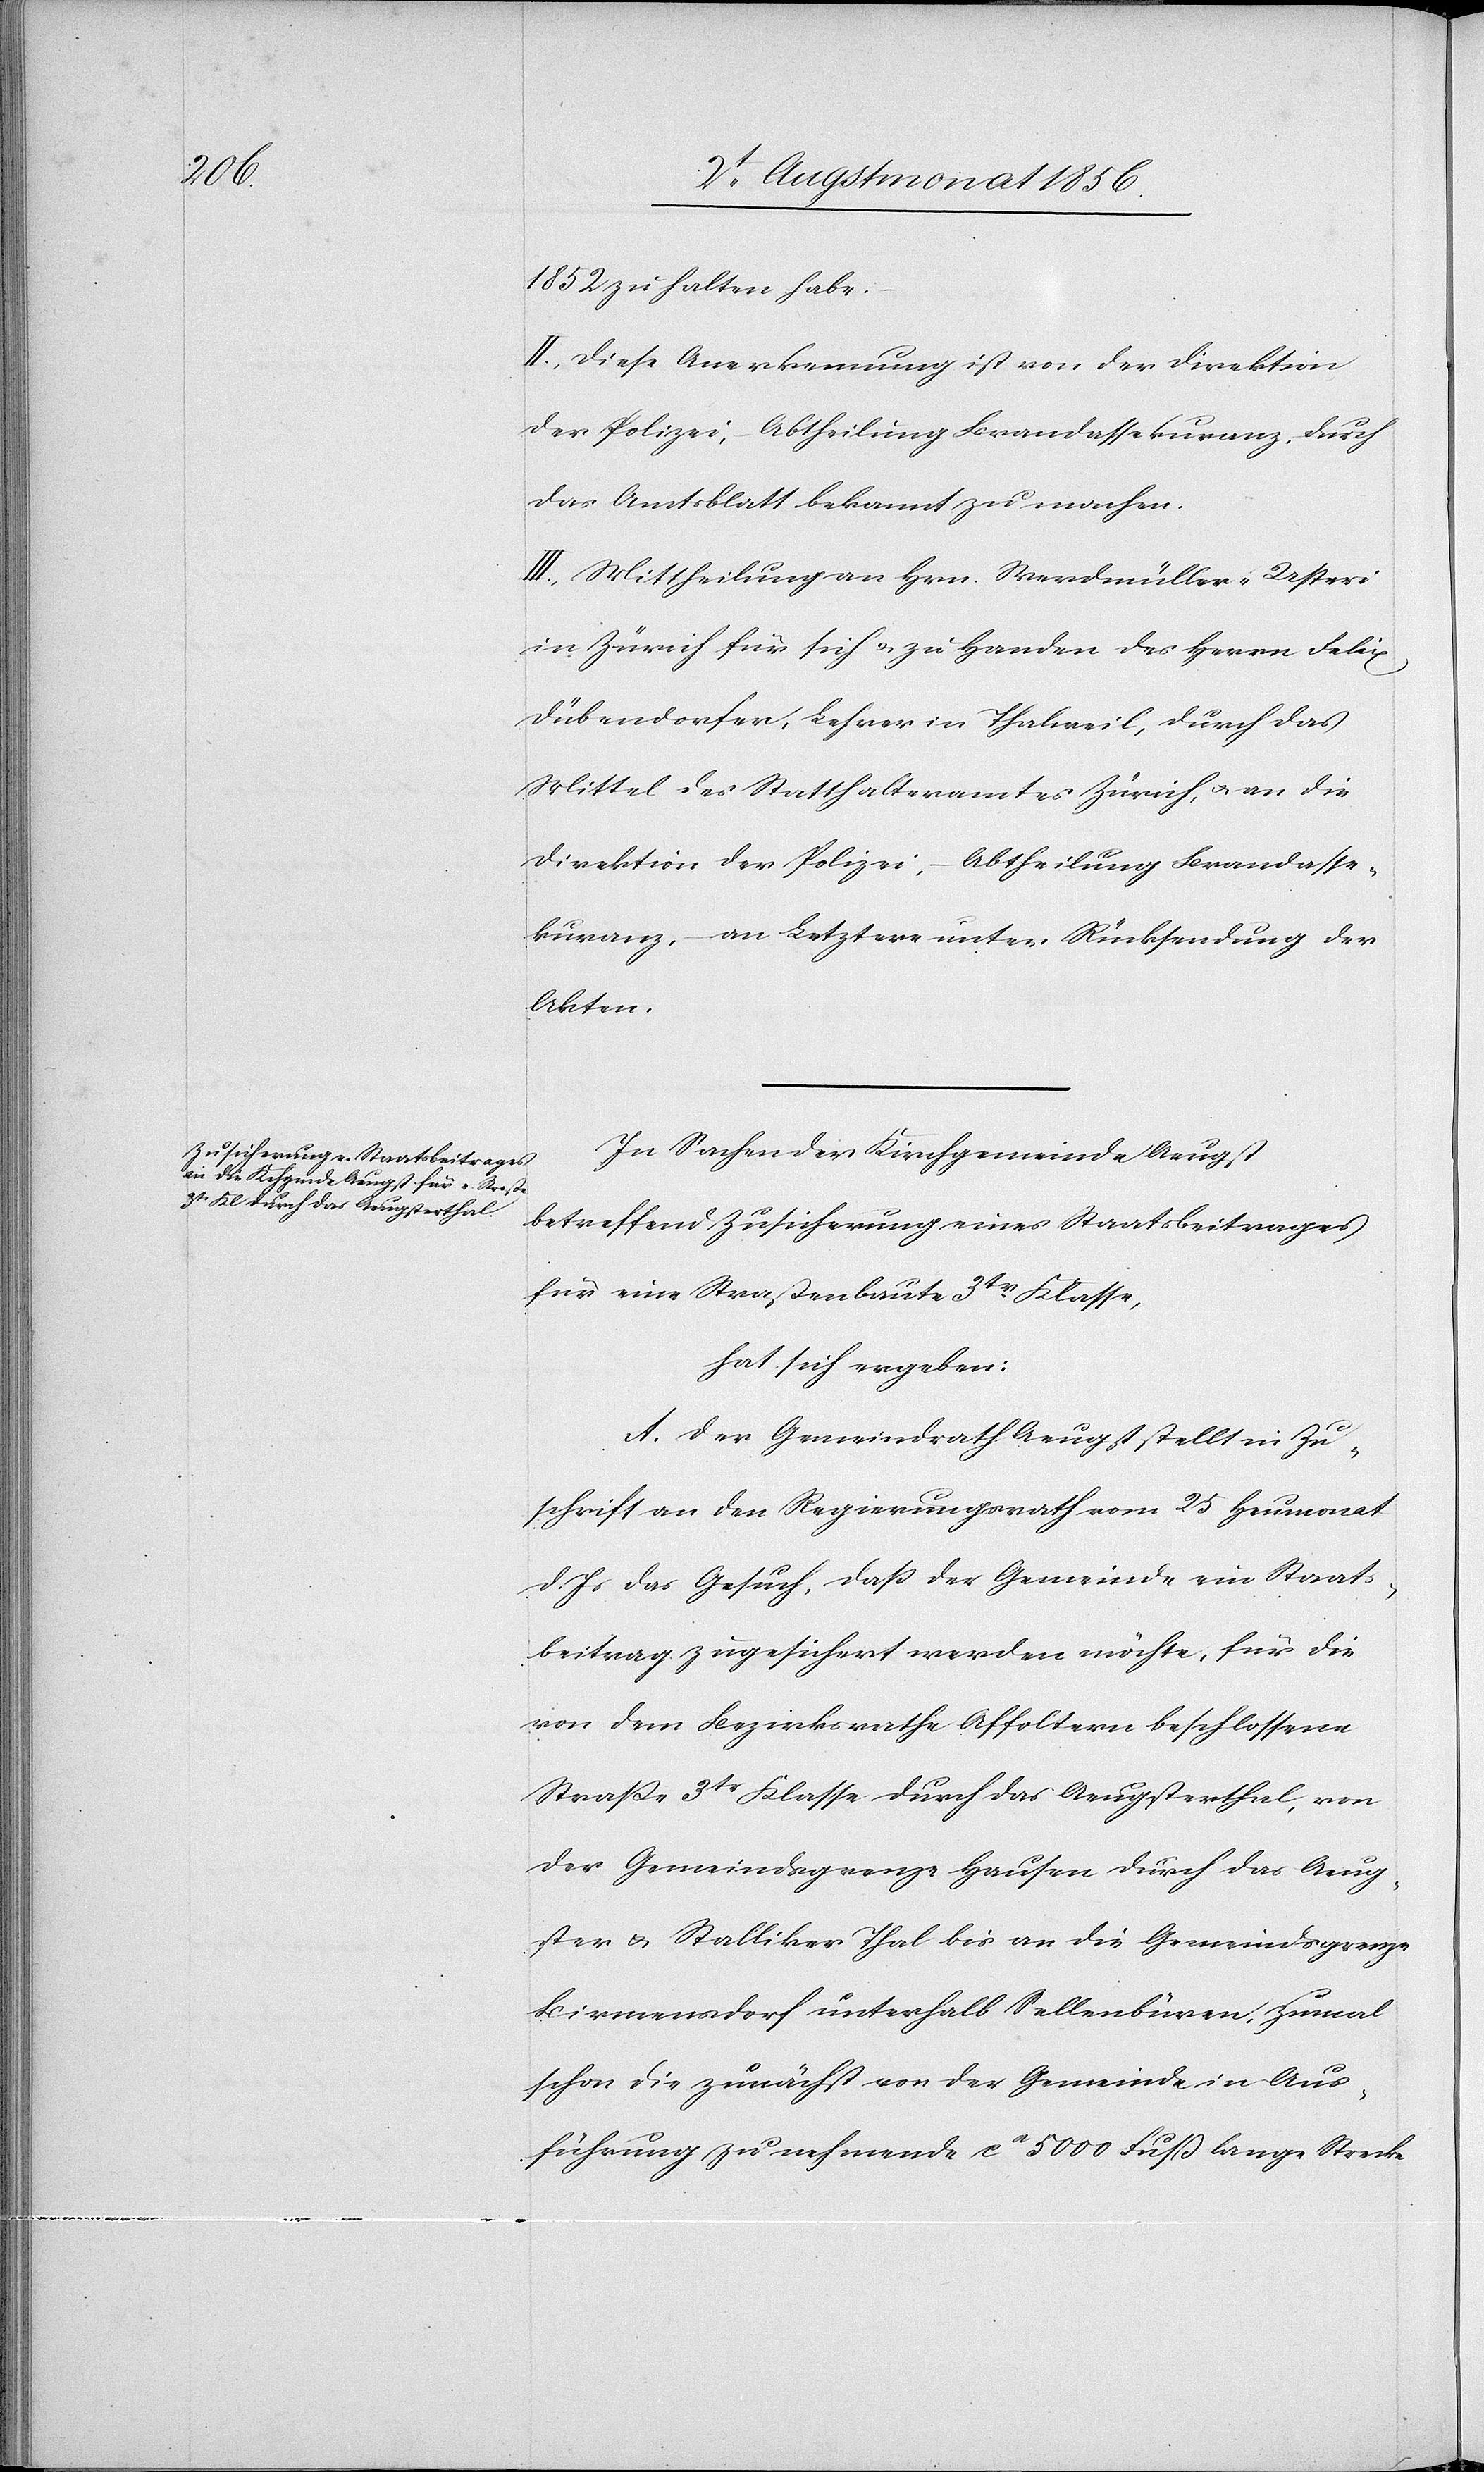
1852 zu halten habe.
II.) Diese Anerkennung ist von der Direktion
der Polizei, Abtheilung Brandassekuranz, durch
das Amtsblatt bekannt zu machen.
III.) Mittheilung an Hrn. Werdmüller-Usteri
in Zürich für sich u. zu Handen des Herrn Felix
Dübendorfer, Lehrer in Thalweil, durch das
Mittel des Statthalteramtes Zürich, u. an die
Direktion der Polizei, – Abtheilung Brandasse¬
kuranz, – an Letztere unter Rücksendung der
Akten.
In Sachen der Kirchgemeinde Aeugst,
betreffend Zusicherung eines Staatsbeitrages
für eine Straßenbaute 3tr Klasse,
hat sich ergeben:
A. Der Gemeindrath Aeugst stellt in Zu¬
schrift an den Regierungsrath vom 25 Heumonat
d. Js das Gesuch, dass der Gemeinde ein Staats¬
beitrag zugesichert werden möchte, für die
von dem Bezirksrathe Affoltern beschlossene
Strasse 3tr Klasse durch das Aeugsterthal, von
der Gemeindsgrenze Hausen durch das Aeug¬
ster u. Stalliker Thal bis an die Gemeindsgrenze
Birmensdorf unterhalb Sellenbüren, zumal
schon die zunächst von der Gemeinde in Aus¬
führung zu nehmende ca 5000 Fuß lange Strecke